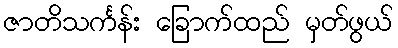
ဇာတိသင်္ကန်း ခြောက်ထည် မှတ်ဖွယ်